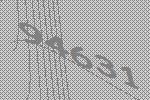
94631